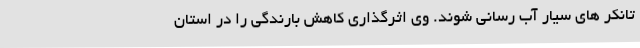
تانکر های سیار آب رسانی شوند. وی اثرگذاری کاهش بارندگی را در استان